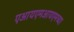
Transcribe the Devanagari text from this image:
एआयएमआयएमच्या